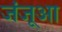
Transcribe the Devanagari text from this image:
जंजूआ